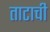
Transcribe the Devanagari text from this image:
ताटाची